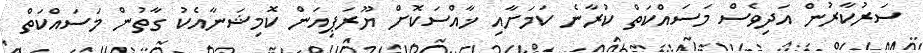
ސަރުކާރުން އަދިވެސް މަސައްކަތް ކުރާނެ ކަމަށާއި ޚާއްސަކޮށް ޔޫރަޕިއަން ކޮމިޝަނާއެކު ގާތުން މަސައްކަތް